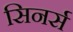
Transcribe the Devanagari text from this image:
सिनर्स